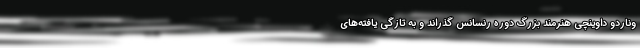
وناردو داوینچی هنرمند بزرگ دوره رنسانس گذراند و به تازگی یافته‌های